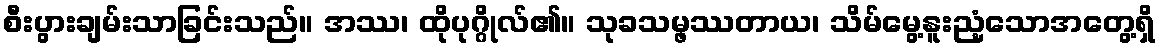
စီးပွားချမ်းသာခြင်းသည်။ အဿ၊ ထိုပုဂ္ဂိုလ်၏။ သုခသမ္ဖဿတာယ၊ သိမ်မွေ့နူးညံ့သောအတွေ့ရှိ